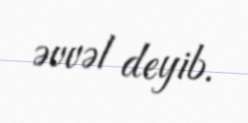
əvvəl deyib.